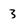
Character: 3